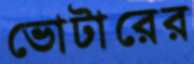
ভোটারের